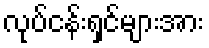
လုပ်ငန်းရှင်များအား